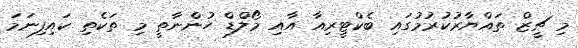
މި ޗީޒް ތައްޔާރުކުރުމުގައި ބެކްޓީރިއާ އާއި މޯލްޑް ހުންނާތީ މި ތަކެތި ކައިފިނަމަ